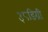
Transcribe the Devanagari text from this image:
३८डिग्री